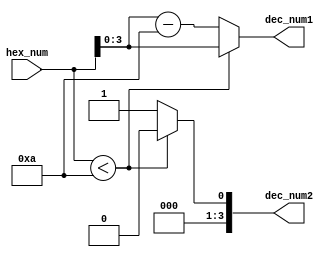
`timescale 1ns / 1ps
//////////////////////////////////////////////////////////////////////////////////
// Company: 
// Engineer: 
// 
// Design Name: 
// Module Name: hex_to_dec
// Project Name: 
// Target Devices: 
// Tool Versions: 
// Description: 
// 
// Dependencies: 
// 
// Revision:
// Revision 0.01 - File Created
// Additional Comments:
// 
//////////////////////////////////////////////////////////////////////////////////


module hex_to_dec(
input [5:0]hex_num,
output reg [3:0]dec_num1, //
output reg [3:0]dec_num2 //
    );
    
    always@(*) begin
    if(hex_num < 6'd10) begin
        dec_num2 <= 4'd0;
        dec_num1 <= hex_num[3:0] ;
    end
    else begin
        dec_num2 <= 4'd1;
        dec_num1 <= hex_num[3:0] - 4'd10;
    end
    end
endmodule